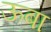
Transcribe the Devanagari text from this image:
ऊबा